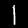
Label: 1